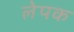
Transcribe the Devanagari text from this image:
लेपक